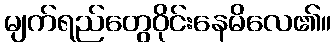
မျက်ရည်တွေဝိုင်းနေမိလေ၏။